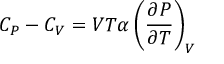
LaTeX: C _ { P } - C _ { V } = V T \alpha \left( { \frac { \partial P } { \partial T } } \right) _ { V }